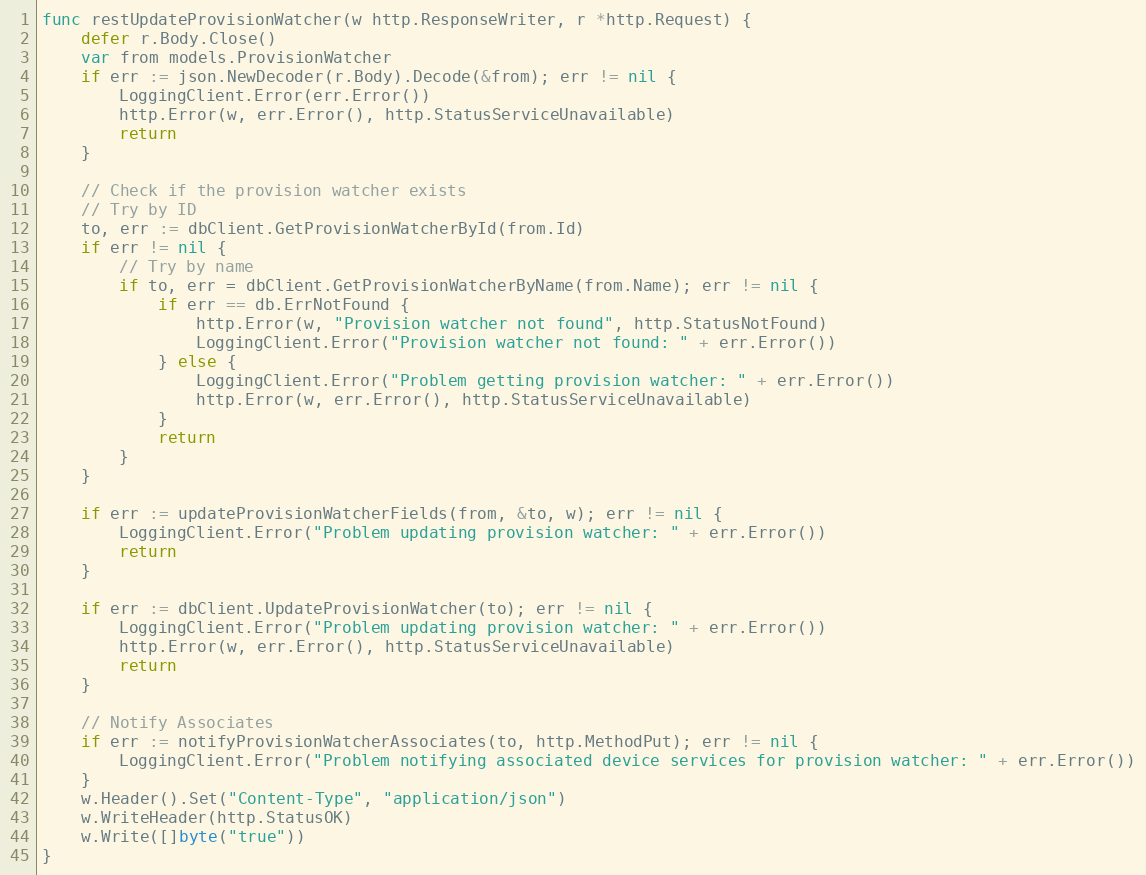
Language: Go
func restUpdateProvisionWatcher(w http.ResponseWriter, r *http.Request) {
	defer r.Body.Close()
	var from models.ProvisionWatcher
	if err := json.NewDecoder(r.Body).Decode(&from); err != nil {
		LoggingClient.Error(err.Error())
		http.Error(w, err.Error(), http.StatusServiceUnavailable)
		return
	}

	// Check if the provision watcher exists
	// Try by ID
	to, err := dbClient.GetProvisionWatcherById(from.Id)
	if err != nil {
		// Try by name
		if to, err = dbClient.GetProvisionWatcherByName(from.Name); err != nil {
			if err == db.ErrNotFound {
				http.Error(w, "Provision watcher not found", http.StatusNotFound)
				LoggingClient.Error("Provision watcher not found: " + err.Error())
			} else {
				LoggingClient.Error("Problem getting provision watcher: " + err.Error())
				http.Error(w, err.Error(), http.StatusServiceUnavailable)
			}
			return
		}
	}

	if err := updateProvisionWatcherFields(from, &to, w); err != nil {
		LoggingClient.Error("Problem updating provision watcher: " + err.Error())
		return
	}

	if err := dbClient.UpdateProvisionWatcher(to); err != nil {
		LoggingClient.Error("Problem updating provision watcher: " + err.Error())
		http.Error(w, err.Error(), http.StatusServiceUnavailable)
		return
	}

	// Notify Associates
	if err := notifyProvisionWatcherAssociates(to, http.MethodPut); err != nil {
		LoggingClient.Error("Problem notifying associated device services for provision watcher: " + err.Error())
	}
	w.Header().Set("Content-Type", "application/json")
	w.WriteHeader(http.StatusOK)
	w.Write([]byte("true"))
}